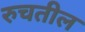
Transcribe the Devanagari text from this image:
रुचतील